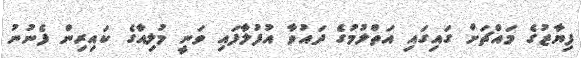
ފިޔާޒުގެ މައްޗަށް ގައިގައި އަތްލުމުގެ ދައުވާ އުފުލާފައި ވަނީ މުލިއާގެ ކައިރިން ފެނުނު